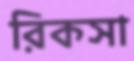
রিকসা